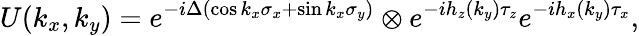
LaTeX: U(k_{x},k_{y})=e^{-i\Delta(\cos k_{x}\sigma_{x}+\sin k_{x}\sigma_{y})}\otimes e^{-ih_{z}(k_{y})\tau_{z}}e^{-ih_{x}(k_{y})\tau_{x}},